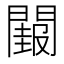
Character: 𮤝